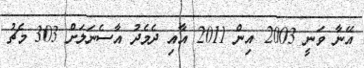
އޭނާ ވަނީ 2003 އިން 2011 އާއި ދެމެދު އާސެނަލަށް 303 މެޗު